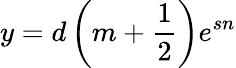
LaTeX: y=d\left(m+\frac{1}{2}\right)e^{sn}